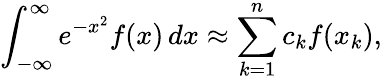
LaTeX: \int_{-\infty}^{\infty}e^{-x^{2}}f(x)\, dx\approx\sum_{k=1}^{n}c_{k}f(x_{k}),